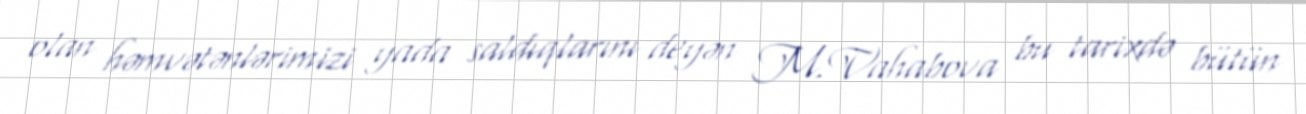
olan həmvətənlərimizi yada saldıqlarını deyən M.Vahabova bu tarixdə bütün